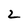
Character: 2